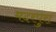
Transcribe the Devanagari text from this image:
मदरपुरा